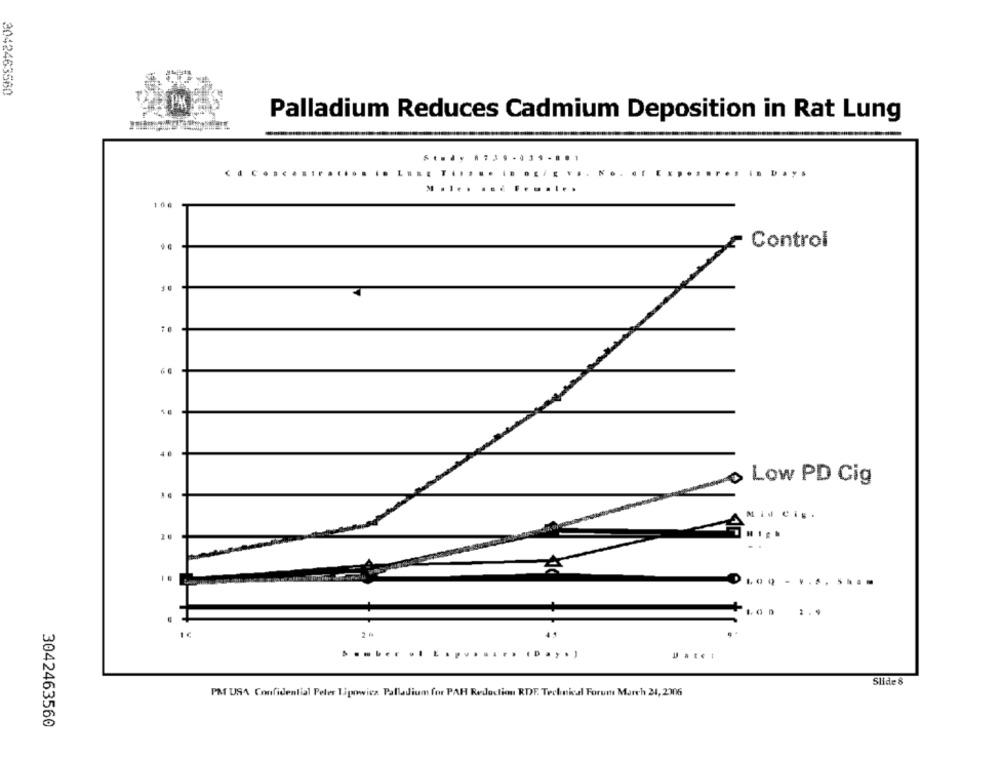
3042463560
Palladium Reduces Cadmium Deposition in Rat Lung
.............
Days
..... ... .......
100
Control
.
40
0
Low PD Cig
Mid Cis.
1.0
......
........ ......
Uatet
Slide 8
PM USA Confidential Peler Tipowicz Palladium for PAH Redaction RDF. Technical Forum March 24, 2306
3042463560